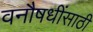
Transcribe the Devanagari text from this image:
वनौषधींसाठी